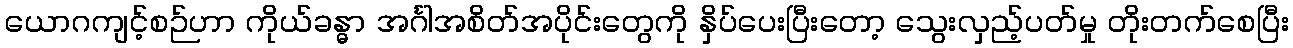
ယောဂကျင့်စဉ်ဟာ ကိုယ်ခန္ဓာ အင်္ဂါအစိတ်အပိုင်းတွေကို နှိပ်ပေးပြီးတော့ သွေးလှည့်ပတ်မှု တိုးတက်စေပြီး